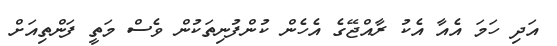
އަދި ހަމަ އެއާ އެކު ރާއްޖޭގެ އެހެން ކުންފުނިތަކުން ވެސް މަތީ ފަންތިއަށް